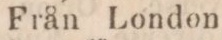
Från London